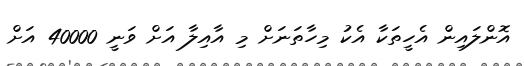
އޮންލައިން އެހީތަކާ އެކު މިހާތަނަށް މި އާއިލާ އަށް ވަނީ 40000 އަށް